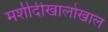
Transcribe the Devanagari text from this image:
मशीदीखालोखाल